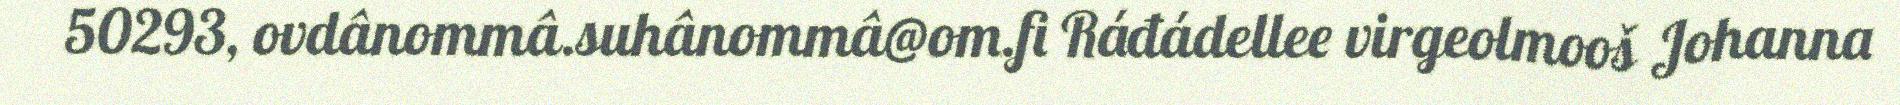
50293, ovdânommâ.suhânommâ@om.fi Ráđádellee virgeolmooš Johanna